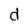
Character: d